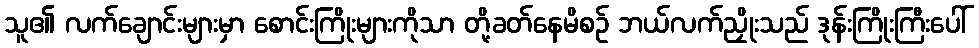
သူ၏ လက်ချောင်းများမှာ စောင်းကြိုးများကိုသာ တို့ခတ်နေမိစဉ် ဘယ်လက်ညှိုးသည် ဒုန်းကြိုးကြီးပေါ်